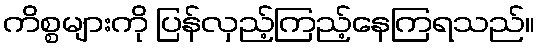
ကိစ္စများကို ပြန်လှည့်ကြည့်နေကြရသည်။